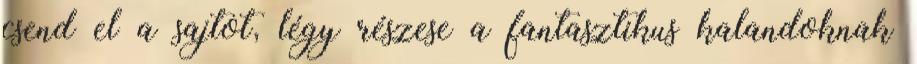
csend el a sajtot, légy részese a fantasztikus kalandoknak